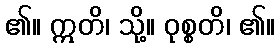
၏။ ဣတိ၊ သို့။ ဝုစ္စတိ၊ ၏။